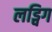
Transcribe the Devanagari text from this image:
लड्विग